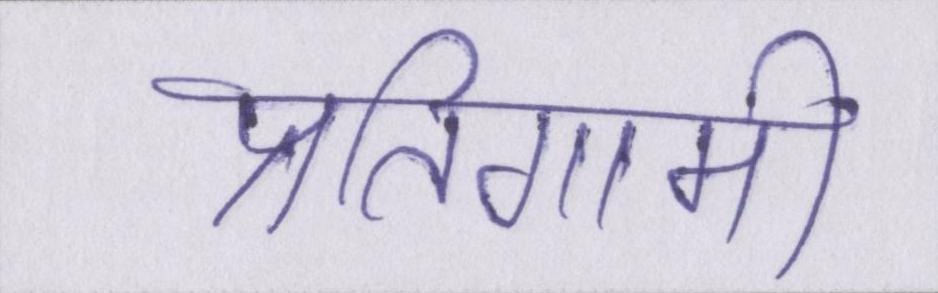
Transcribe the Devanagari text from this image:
प्रतिगामी